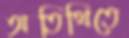
অতিথিতে